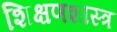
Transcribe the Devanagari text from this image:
शिक्षणशास्‍त्र